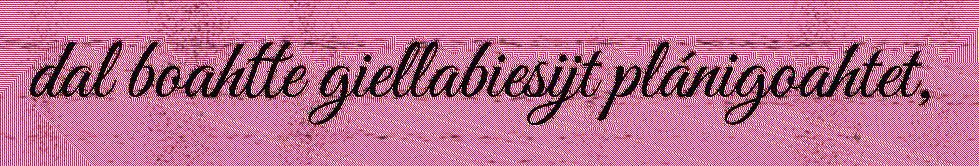
dal boahtte giellabiesijt plánigoahtet,